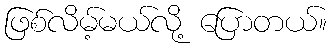
ဖြစ်လိမ့်မယ်လို့ ပြောတယ်။